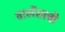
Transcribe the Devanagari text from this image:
वालेंसाची